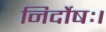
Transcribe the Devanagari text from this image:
निर्दोषः।